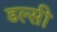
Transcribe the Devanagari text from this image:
डल्सी